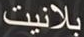
بلانيت